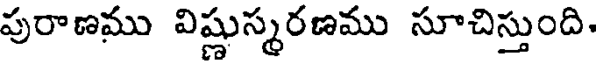
పురాణము విష్ణుస్మరణము సూచిస్తుంది.